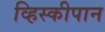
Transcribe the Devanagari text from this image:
व्हिस्कीपान